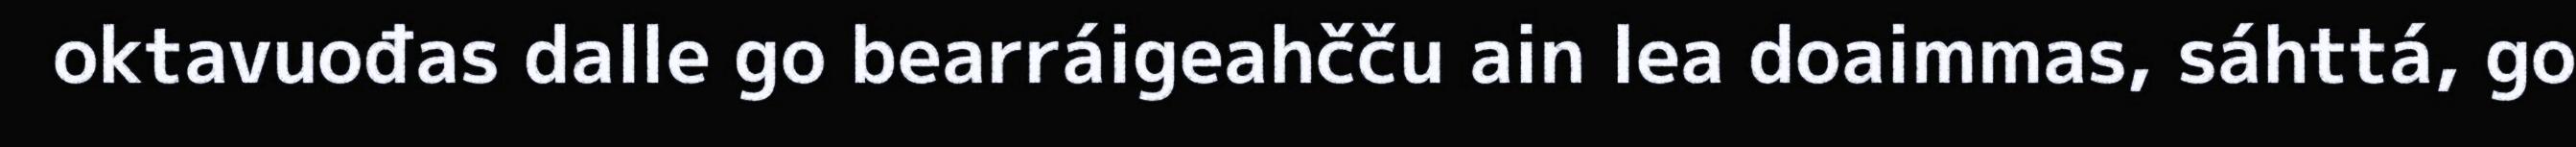
oktavuođas dalle go bearráigeahčču ain lea doaimmas, sáhttá, go